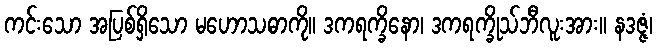
ကင်းသော အပြစ်ရှိသော မဟောသဓာကို။ ဒကရက္ခိနော၊ ဒကရက္ခိုသ်ဘီလူးအား။ နဒဇ္ဇံ၊